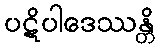
ပဋိပါဒေဿန္တိ